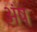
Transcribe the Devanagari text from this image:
अंष